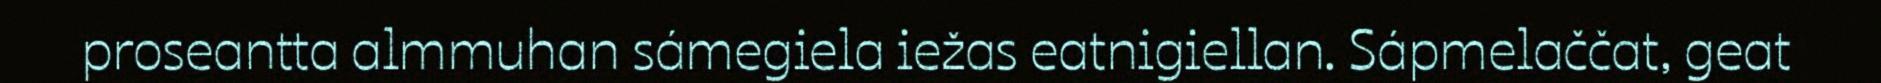
proseantta almmuhan sámegiela iežas eatnigiellan. Sápmelaččat, geat